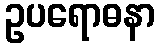
ဥပရောဓနာ